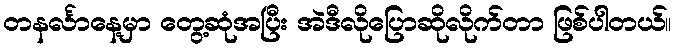
တနင်္လာနေ့မှာ တွေ့ဆုံအပြီး အဲဒီလိုပြောဆိုလိုက်တာ ဖြစ်ပါတယ်။